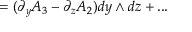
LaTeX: = ( \partial _ { y } A _ { 3 } - \partial _ { z } A _ { 2 } ) d y \wedge d z + . . .